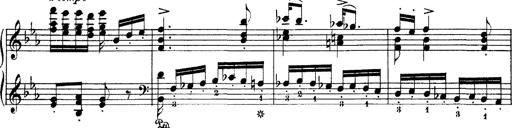
Title: Hungarian Rhapsody No.4
Composer: Franz Liszt
Key: E-flat major